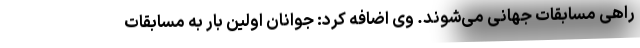
راهی مسابقات جهانی می‌شوند. وی اضافه کرد: جوانان اولین بار به مسابقات